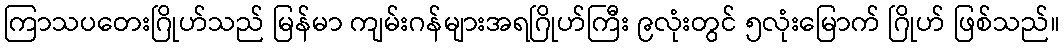
ကြာသပတေးဂြိုဟ်သည် မြန်မာ ကျမ်းဂန်များအရဂြိုဟ်ကြီး ၉လုံးတွင် ၅လုံးမြောက် ဂြိုဟ် ဖြစ်သည်။